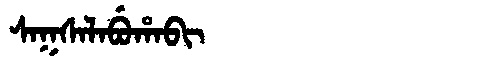
Manchu: ᠰᠠᡴᠰᠠᠯᠠᠪᡠᡥᠠᠪᡳ
Romanization: SAKSALABUHABI